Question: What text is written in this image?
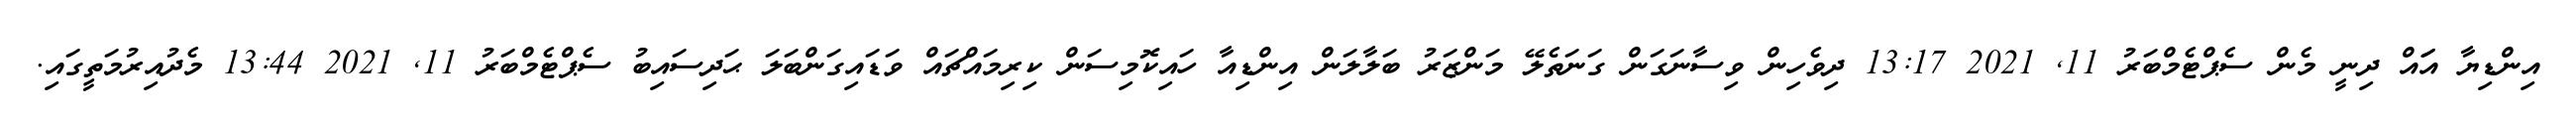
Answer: އިންޑިޔާ އަައް ދިނީ މެން ސެޕްޓެމްބަރު 11, 2021 13:17 ދިވެހިން ވިސާނަގަން ގަނަތެލޭ މަންޒަރު ބަލާލަން އިންޑިއާ ހައިކޮމިސަން ކިރިމައްޗައް ވަޑައިގަންބަލަ ޙަދިސައިބު ސެޕްޓެމްބަރު 11, 2021 13:44 މެދުއިރުމަތީގައި.